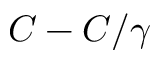
C - C / \gamma